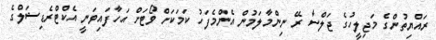
ރައްޔިތުންގެ މަޖިލީހުގެ ޖަލްސާ ރޭ ނިންމާލަމުން އެންމެފަހު ކަމަކަށް ވޯޓަށް އަހާފައިވަނީ އެކްޓްރެޑިޝަލްގެ